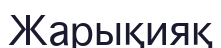
Жарықияқ